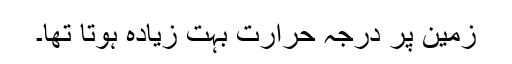
زمین پر درجہ حرارت بہت زیادہ ہوتا تھا۔